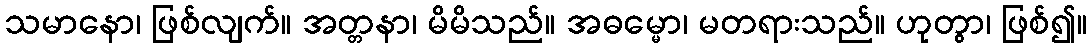
သမာနော၊ ဖြစ်လျက်။ အတ္တနာ၊ မိမိသည်။ အဓမ္မော၊ မတရားသည်။ ဟုတွာ၊ ဖြစ်၍။